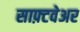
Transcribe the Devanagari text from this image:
साफ़्टवेअर